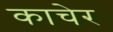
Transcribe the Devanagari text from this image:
काचेर